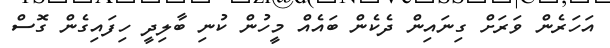
އަހަރެން ވަރަށް ގިނައިން ދެކެން ބައެއް މީހުން ކުނި ބާލިދީ ހިފައިގެން ގޮސް